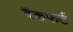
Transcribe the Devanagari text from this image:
बैंकफर्ट